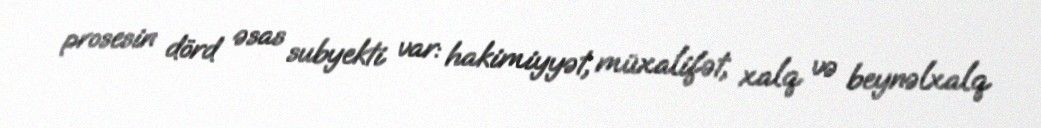
prosesin dörd əsas subyekti var: hakimiyyət, müxalifət, xalq və beynəlxalq